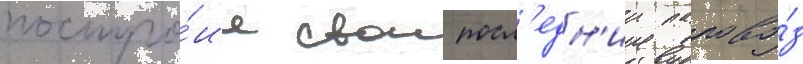
постро́ил свои посл'едн'ии парово́з